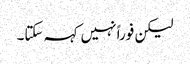
لیکن فوراً نہیں کہہ سکتا۔